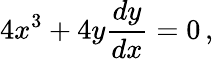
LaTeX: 4x^{3}+4y{\frac{dy}{dx}}=0\, ,